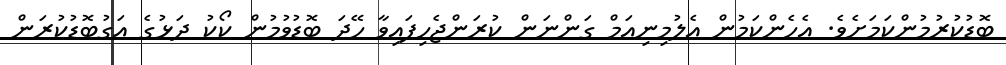
ބޮޑުކުރުމުންކަމަށެވެ. އެހެންކަމުން އެލުމިނިއަމް ގަންނަން ކުރަންޖެހިފައިވާ ހޭދަ ބޮޑުވުމުން ކޯކު ދަޅުގެ އަގުބޮޑުކުރަން